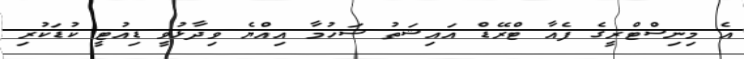
އެ މިނިސްޓްރީގެ ފެއާ ޓްރޭޑް އައިޝަތު ސަހުމާ އިއްޔެ ވިދާޅުވީ ޑިއުޓީ ކުޑަކުރި